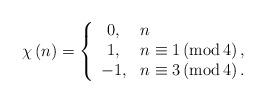
LaTeX: \begin{align*}\chi\left( n\right) =\left\{\begin{array}[c]{cl}0, & n\\1, & n\equiv1\left( \operatorname{mod}4\right) ,\\-1, & n\equiv3\left( \operatorname{mod}4\right) .\end{array}\right. \end{align*}